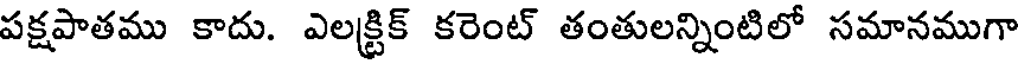
పక్షపాతము కాదు. ఎలక్ట్రిక్ కరెంట్ తంతులన్నింటిలో సమానముగా